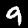
Digit: 9